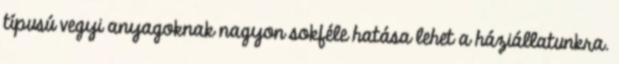
típusú vegyi anyagoknak nagyon sokféle hatása lehet a háziállatunkra.